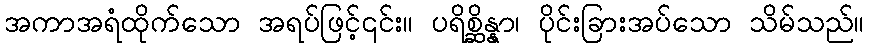
အကာအရံထိုက်သော အရပ်ဖြင့်၎င်း။ ပရိစ္ဆိန္နာ၊ ပိုင်းခြားအပ်သော သိမ်သည်။